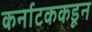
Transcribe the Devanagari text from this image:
कर्नाटककडून